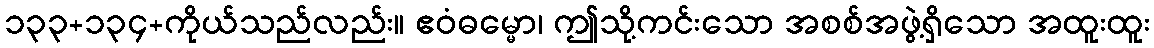
၁၃၃+၁၃၄+ကိုယ်သည်လည်း။ ဧဝံဓမ္မော၊ ဤသို့ကင်းသော အစစ်အဖွဲ့ရှိသော အထူးထူး